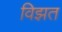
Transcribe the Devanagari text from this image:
विझत